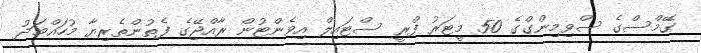
ގޭމްސްގެ ސްވިމިންގްގެ 50 މީޓަރު ފްރީ ސްޓައިލް އިވެންޓުން ރާއްޖޭގެ ފެތުންތެރިޔާ މުހައްމަދު